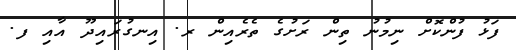
ފަޅު ފުންކޮށް ނިމުނު ތިން ރަށުގެ ތެރެއިން ރ. އިނގުރައިދޫ އާއި ފ.